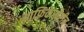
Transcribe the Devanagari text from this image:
आफ्रिकेखेरीज